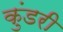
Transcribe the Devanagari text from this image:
कुंडरी